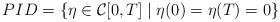
\begin{align*}PID=\{\eta \in {\cal {C}}[0,T]\mid \eta (0)=\eta (T)=0\}\end{align*}